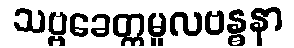
သဗ္ဗခေတ္တမူလဗန္ဓနာ